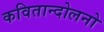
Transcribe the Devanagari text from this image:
कवितान्दोलनो